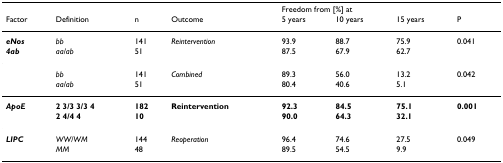
|  |  |  |  | <COLSPAN=4> Freedom from [%] at |
 | Factor | Definition | n | Outcome | 5 years | 10 years | 15 years | P |
 | --- | --- | --- | --- | --- | --- | --- | --- |
 | eNos | bb | 141 | Reintervention | 93.9 | 88.7 | 75.9 | 0.041 |
 | 4ab | aa/ab | 51 |  | 87.5 | 67.9 | 62.7 |  |
 |  | bb | 141 | Combined | 89.3 | 56.0 | 13.2 | 0.042 |
 |  | aa/ab | 51 |  | 80.4 | 40.6 | 5.1 |  |
 | ApoE | 2 3/3 3/3 4 | 182 | Reintervention | 92.3 | 84.5 | 75.1 | 0.001 |
 |  | 2 4/4 4 | 10 |  | 90.0 | 64.3 | 32.1 |  |
 | LIPC | WW/WM | 144 | Reoperation | 96.4 | 74.6 | 27.5 | 0.049 |
 |  | MM | 48 |  | 89.5 | 54.5 | 9.9 |  |